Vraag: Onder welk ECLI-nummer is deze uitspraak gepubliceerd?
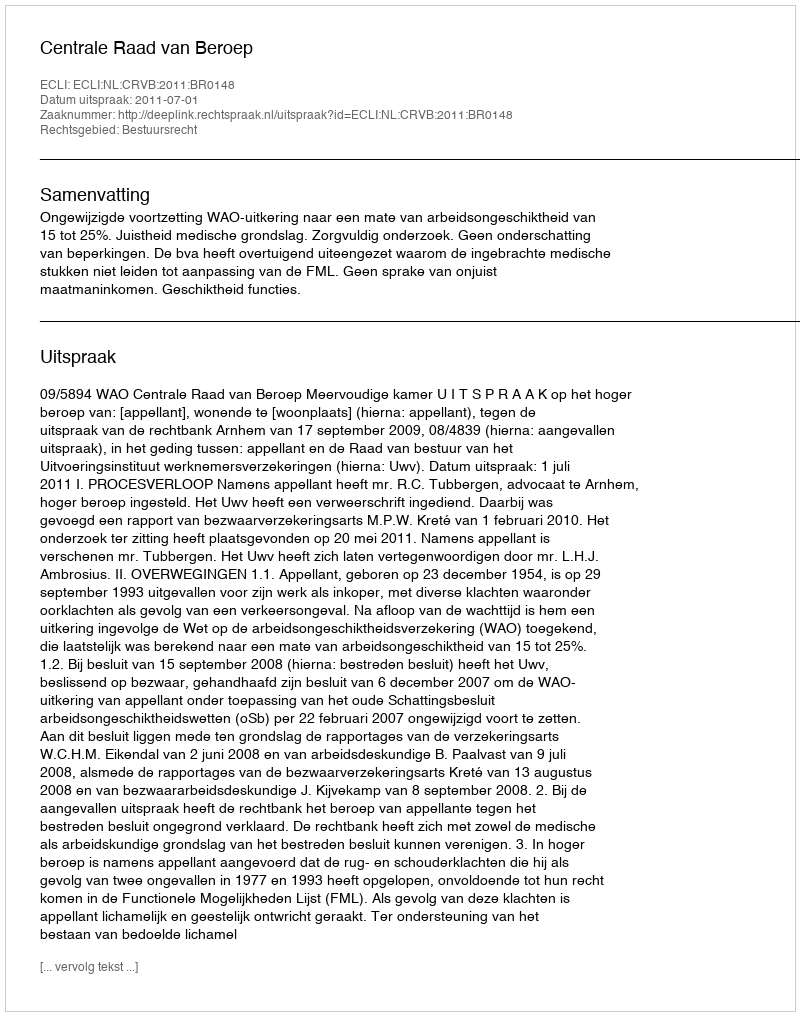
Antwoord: ECLI:NL:CRVB:2011:BR0148